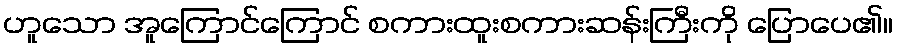
ဟူသော အူကြောင်ကြောင် စကားထူးစကားဆန်းကြီးကို ပြောပေ၏။